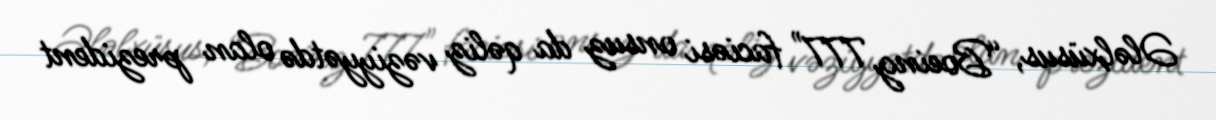
Ələlxüsus, “Boeing 777" faciəsi onsuz da qəliz vəziyyətdə olan prezident